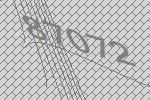
87072